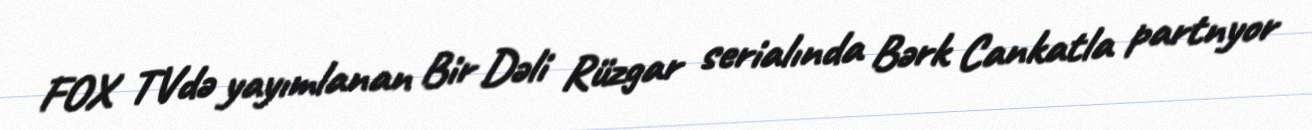
FOX TVdə yayımlanan Bir Dəli Rüzgar serialında Bərk Cankatla partnyor